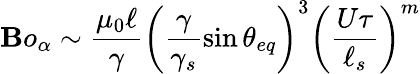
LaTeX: \mathbf{B}o_{\alpha}\sim\frac{{\mu_{0}\ell}}{{\gamma}}\left(\frac{{\gamma}}{{\gamma_{s}}}\sin{\theta_{eq}}\right)^{3}\left(\frac{{U\tau}}{{\ell_{s}}}\right)^{m}